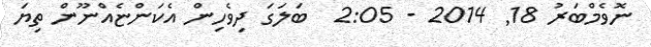
ނޮވެމްބަރު 18